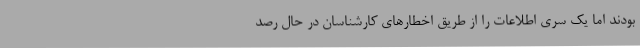
بودند اما یک سری اطلاعات را از طریق اخطارهای کارشناسان در حال رصد